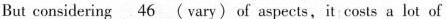
But considering \underline{46}( vary) of aspects,it costs a lot of